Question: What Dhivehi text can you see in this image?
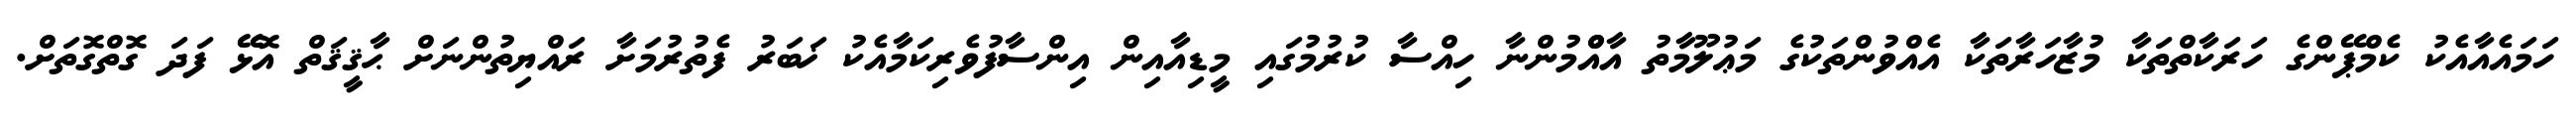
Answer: ހަމައެއާއެކު ކެމްޕޭންގެ ހަރަކާތްތަކާ މުޒާހަރާތަކާ އެއްވުންތަކުގެ މަޢުލޫމާތު އާއްްމުންނާ ހިއްސާ ކުރުމުގައި މީޑިއާއިން އިންސާފުވެރިކަމާއެކު ޚަބަރު ފެތުރުމަށާ ރައްޔިތުންނަށް ޙާޤީޤަތް އޮޅޭ ފަދަ ގޮތްގޮތަށް.